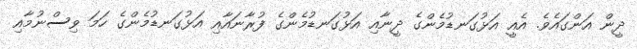
ދީން އަންގައެވެ. އެއީ އަޅުގަނޑުމެންގެ ދީނާއި އަޅުގަނޑުމެންގެ ފުރާނައާއި އަޅުގަނޑުމެންގެ ހަމަ ވިސްނުމާއި